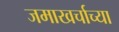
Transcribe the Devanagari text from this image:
जमाखर्चाच्या